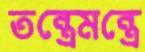
তন্ত্রেমন্ত্রে